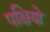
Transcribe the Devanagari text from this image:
पक्षियो